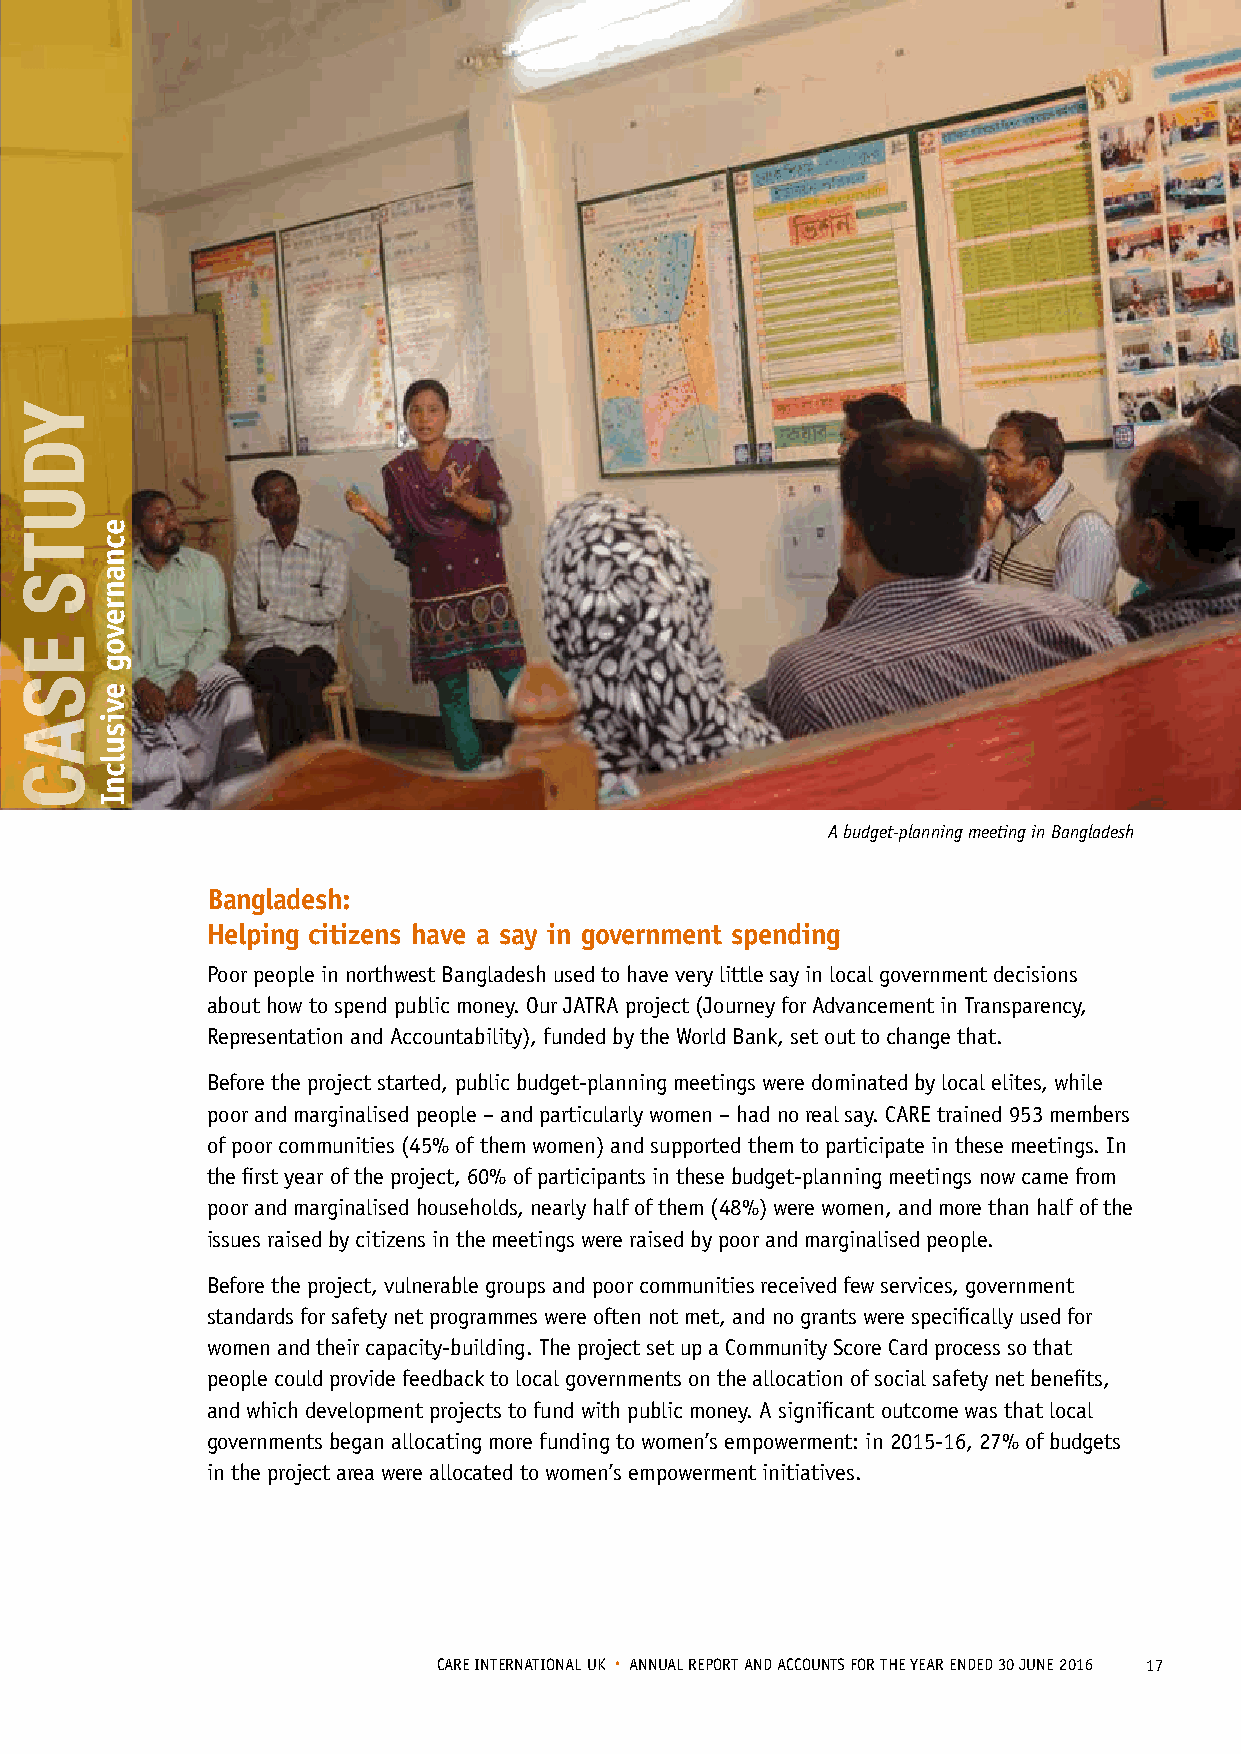
A budget-planning meeting in Bangladesh
 Bangladesh:
 Helping citizens have a say in government spending
 Poor people in northwest Bangladesh used to have very little say in local government decisions
 about how to spend public money. Our JATRA project (Journey for Advancement in Transparency,
 Representation and Accountability), funded by the World Bank, set out to change that.
 Before the project started, public budget-planning meetings were dominated by local elites, while
 poor and marginalised people – and particularly women – had no real say. CARE trained 953 members
 of poor communities (45% of them women) and supported them to participate in these meetings. In
 the first year of the project, 60% of participants in these budget-planning meetings now came from
 poor and marginalised households, nearly half of them (48%) were women, and more than half of the
 issues raised by citizens in the meetings were raised by poor and marginalised people.
 Before the project, vulnerable groups and poor communities received few services, government
 standards for safety net programmes were often not met, and no grants were specifically used for
 women and their capacity-building. The project set up a Community Score Card process so that
 people could provide feedback to local governments on the allocation of social safety net benefits,
 and which development projects to fund with public money. A significant outcome was that local
 governments began allocating more funding to women’s empowerment: in 2015-16, 27% of budgets
 in the project area were allocated to women’s empowerment initiatives.
 CARE INTERNATIONAL UK • ANNUAL REPORT AND ACCOUNTS FOR THE YEAR ENDED 30 JUNE 2016 17
 YDUTS
 ESAC
 ecnanrevog
 evisulcnI